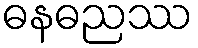
ဓနဓညဿ